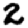
Digit: 2